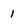
Character: 1